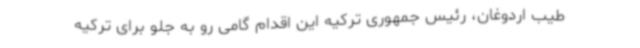
طیب اردوغان،‌ رئیس‌ جمهوری ترکیه این اقدام گامی رو به جلو برای ترکیه